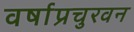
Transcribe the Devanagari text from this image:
वर्षाप्रचुरवन